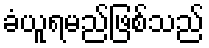
ခံယူရမည်ဖြစ်သည်